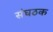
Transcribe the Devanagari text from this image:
संघठक